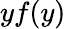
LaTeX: yf(y)